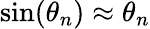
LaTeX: \sin(\theta_{n})\approx\theta_{n}